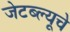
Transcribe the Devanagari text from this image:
जेटब्ल्यूचे